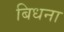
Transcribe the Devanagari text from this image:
बिधना